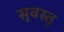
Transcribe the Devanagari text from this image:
सुवस्तु